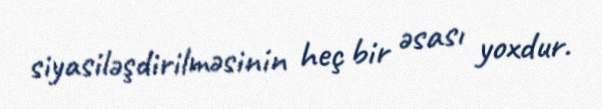
siyasiləşdirilməsinin heç bir əsası yoxdur.